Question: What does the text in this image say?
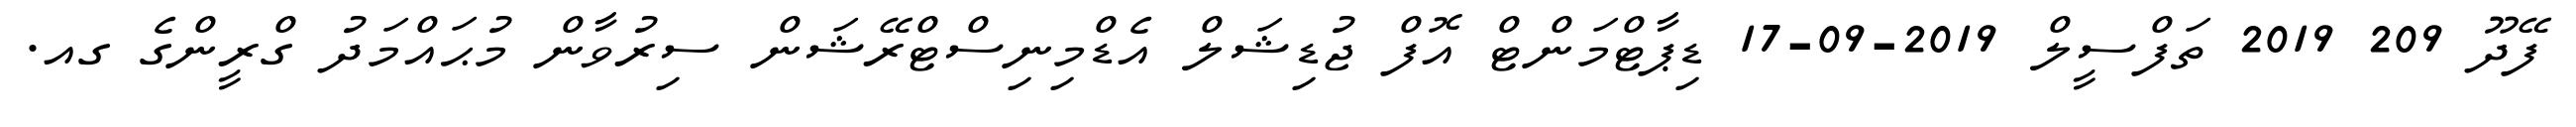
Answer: ފޭދޫ 209 2019 ތަފްސީލް 2019-09-17 ޑިޕާޓްމަންޓް އޮފް ޖުޑިޝަލް އެޑްމިނިސްޓްރޭޝަން ސިރުވާން މުޙައްމަދު ގްރީންގެ ގއ.